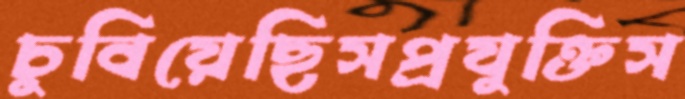
চুবিয়েছিসপ্রযুক্তিস